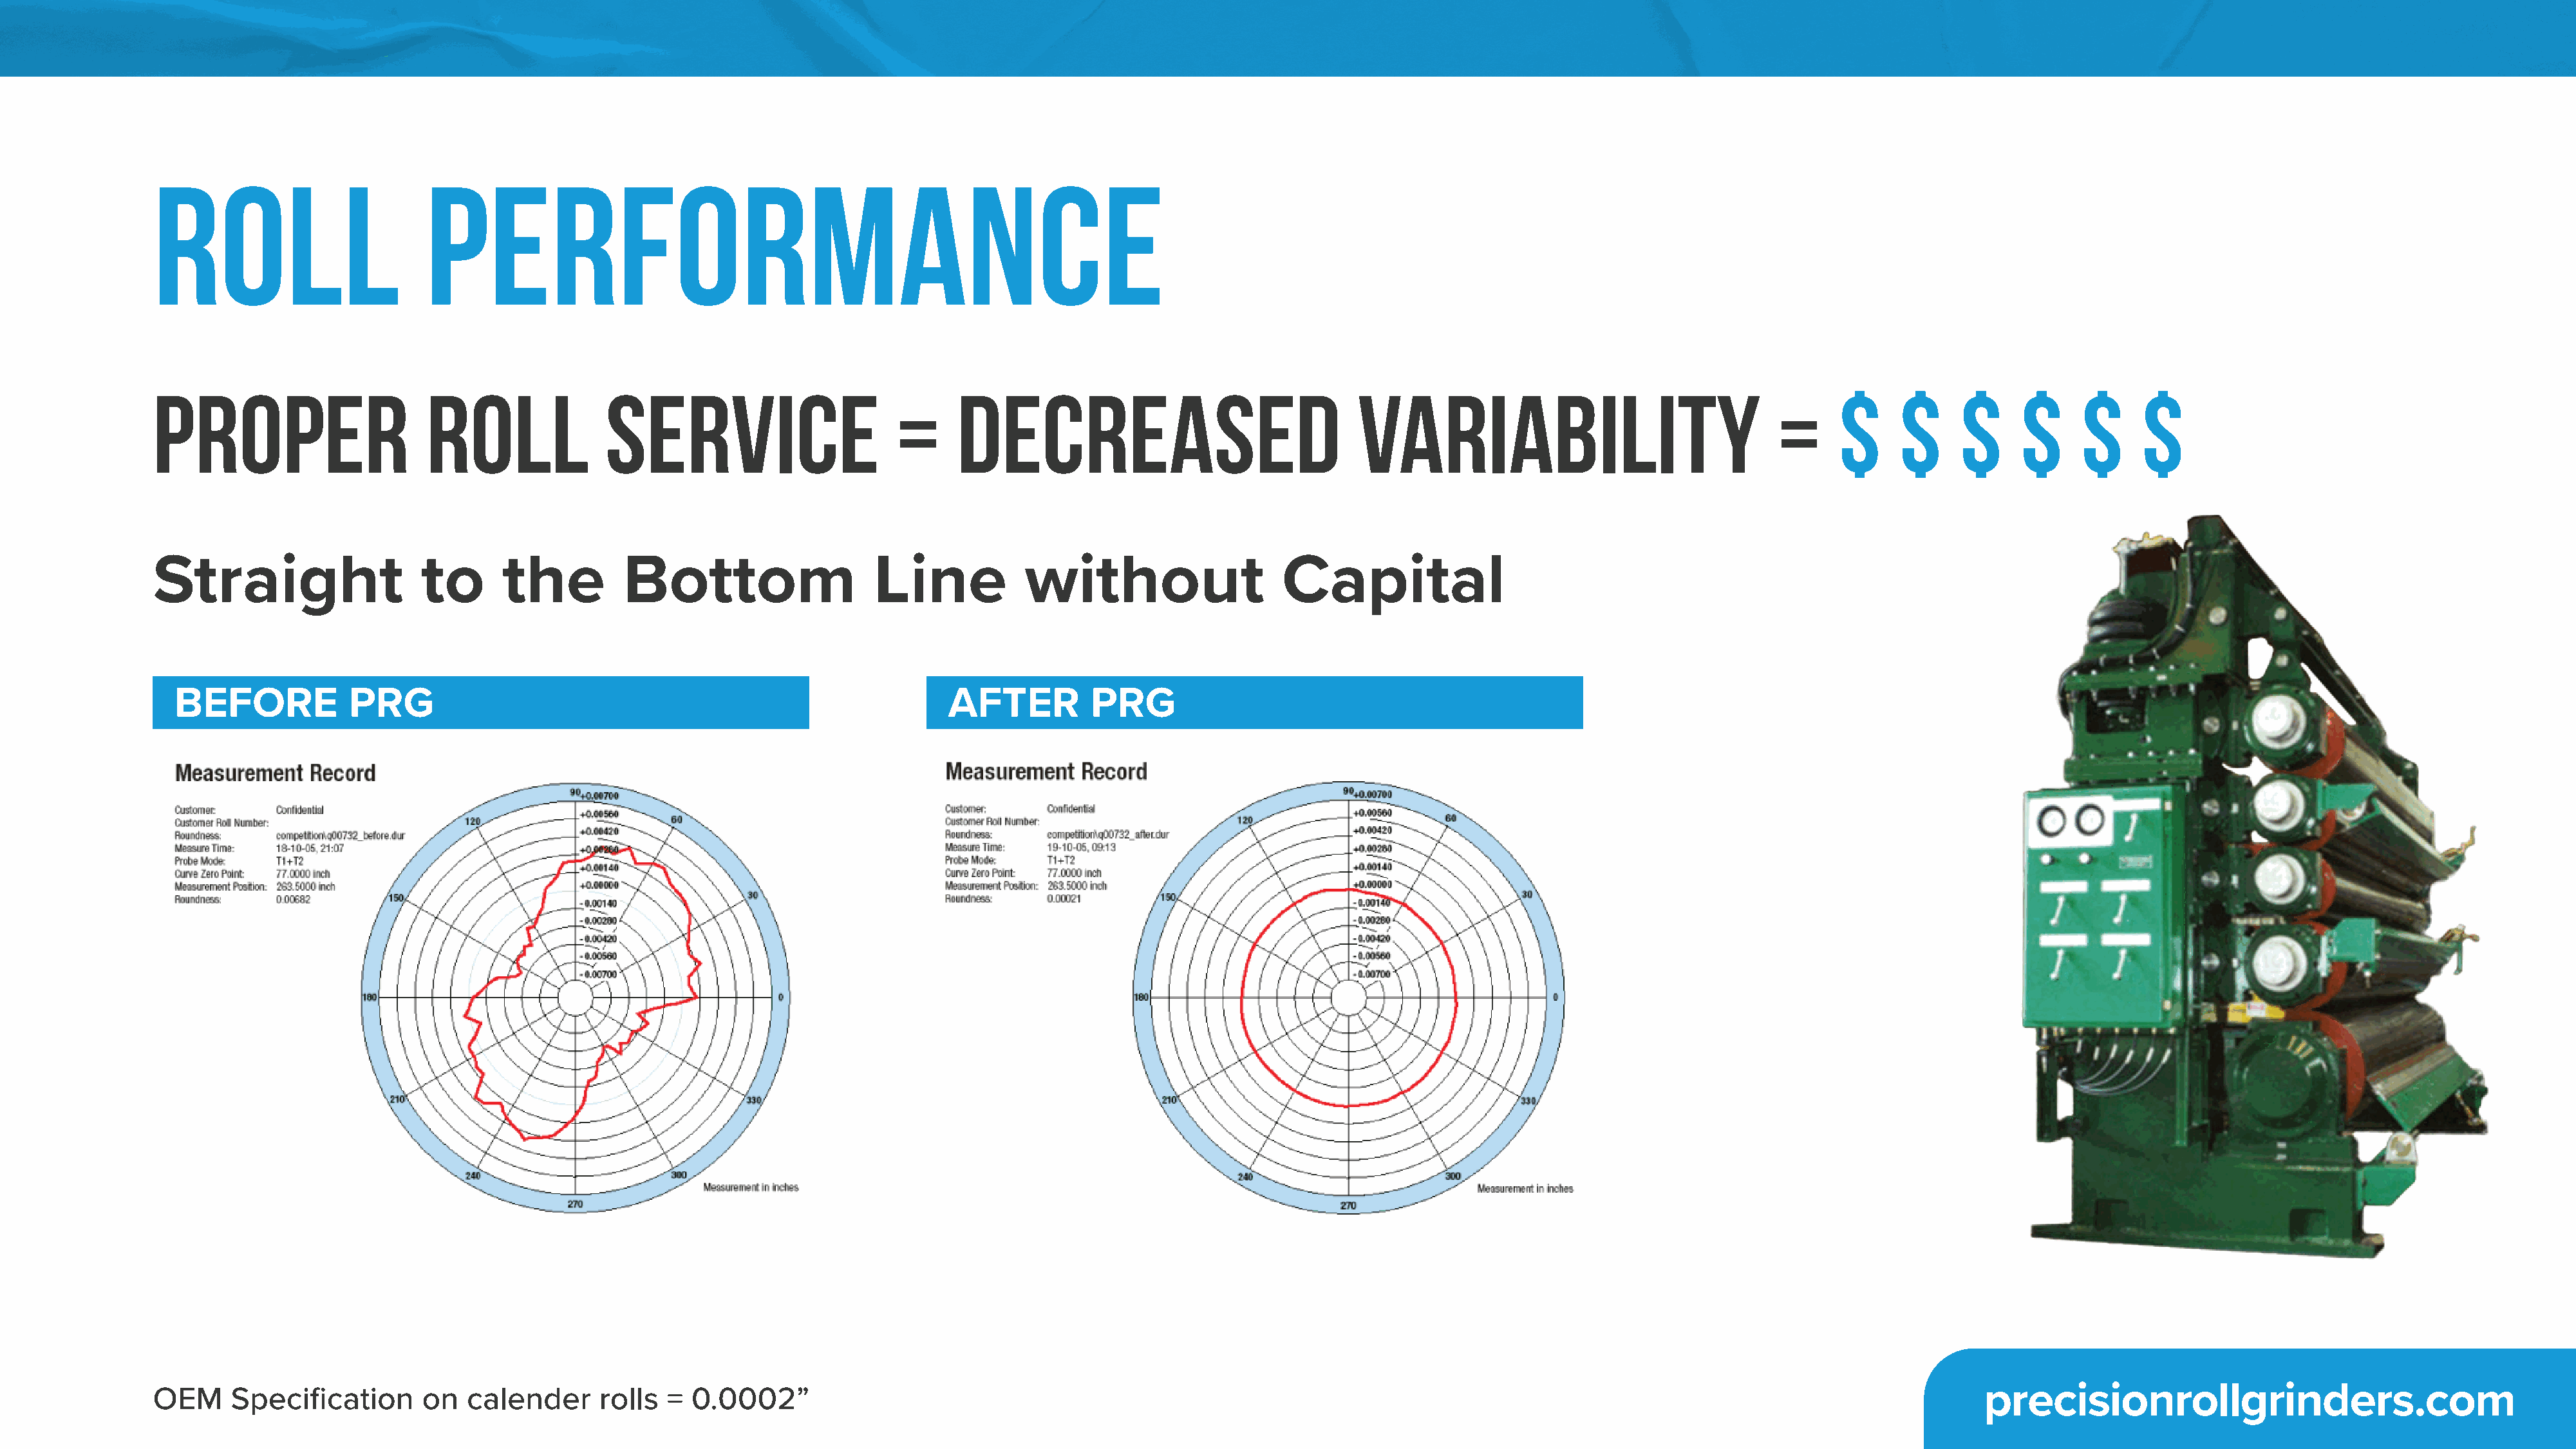
Roll                        Performance
 Proper                      Roll              Service                       =     Decreased                                 Variability                                =     $     $     $      $     $     $
 Straight                   to       the         Bottom                    Line           without                    Capital
 BEFORE            PRG                                                          AFTER          PRG
 OEM     Specification      on   calender      rolls  = 0.0002”                                                                                                                              precisionrollgrinders.com